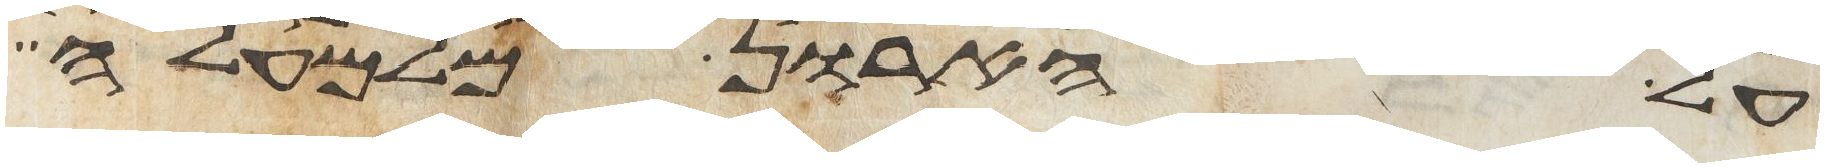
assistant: על הארון מלמעלה